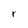
Character: r